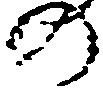
の